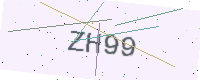
Text: ZH99